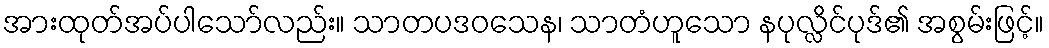
အားထုတ်အပ်ပါသော်လည်း။ သာတပဒဝသေန၊ သာတံဟူသော နပုလ္လိင်ပုဒ်၏ အစွမ်းဖြင့်။